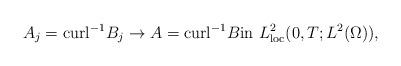
LaTeX: \begin{align*}A_j=\textrm{curl}^{-1}B_j\to A=\textrm{curl}^{-1}B\textrm{in}\ L^{2}_{\textrm{loc}}(0,T; L^{2}(\Omega)), \end{align*}